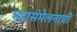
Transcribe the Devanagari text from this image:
महासंमेलनाची